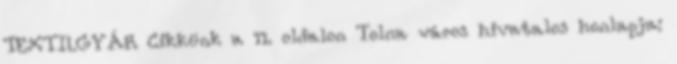
TEXTILGYÁR Cikkünk a 11. oldalon Tolna város hivatalos honlapja: